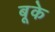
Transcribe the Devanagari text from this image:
बूके